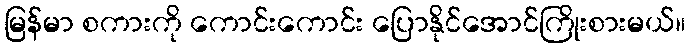
မြန်မာ စကားကို ကောင်းကောင်း ပြောနိုင်အောင်ကြိုးစားမယ်။